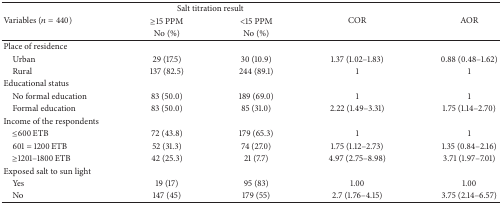
| <ROWSPAN=3> Variables (n = 440) | <COLSPAN=2> Salt titration result | <ROWSPAN=3> COR | <ROWSPAN=3> AOR |
 | ≥15 PPM | <15 PPM |
 | No (%) | No (%) |
 | --- | --- | --- | --- | --- |
 | Place of residence |  |  |  |  |
 | Urban | 29 (17.5) | 30 (10.9) | 1.37 (1.02–1.83) | 0.88 (0.48–1.62) |
 | Rural | 137 (82.5) | 244 (89.1) | 1 | 1 |
 | Educational status |  |  |  |  |
 | No formal education | 83 (50.0) | 189 (69.0) | 1 | 1 |
 | Formal education | 83 (50.0) | 85 (31.0) | 2.22 (1.49–3.31) | 1.75 (1.14–2.70) |
 | Income of the respondents |  |  |  |  |
 | ≤600 ETB | 72 (43.8) | 179 (65.3) | 1 | 1 |
 | 601 = 1200 ETB | 52 (31.3) | 74 (27.0) | 1.75 (1.12–2.73) | 1.35 (0.84–2.16) |
 | ≥1201–1800 ETB | 42 (25.3) | 21 (7.7) | 4.97 (2.75–8.98) | 3.71 (1.97–7.01) |
 | Exposed salt to sun light |  |  |  |  |
 | Yes | 19 (17) | 95 (83) | 1.00 | 1.00 |
 | No | 147 (45) | 179 (55) | 2.7 (1.76–4.15) | 3.75 (2.14–6.57) |